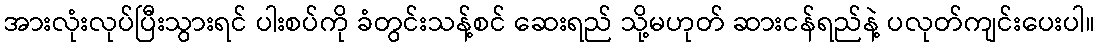
အားလုံးလုပ်ပြီးသွားရင် ပါးစပ်ကို ခံတွင်းသန့်စင် ဆေးရည် သို့မဟုတ် ဆားငန်ရည်နဲ့ ပလုတ်ကျင်းပေးပါ။